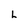
Character: L